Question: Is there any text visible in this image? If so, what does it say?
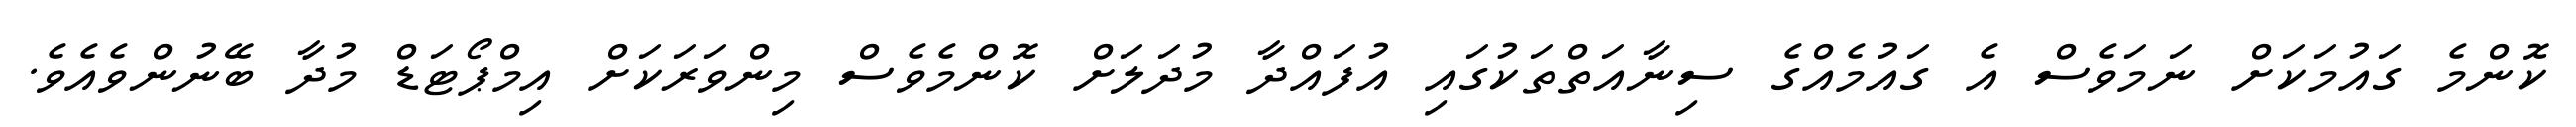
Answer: ކޮންމެ ގައުމަކަށް ނަމަވެސް އެ ގައުމެއްގެ ސިނާއަތްތަކުގައި އުފައްދާ މުދަލަށް ކޮންމެވެސް މިންވަރަކަށް އިމްޕޯޓަޑް މުދާ ބޭނުންވެއެވެ.